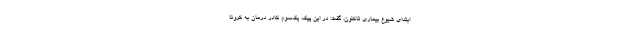
ابتدای شیوع بیماری تاکنون، گفت: در این پیک، یک‌سوم کادر درمان به کرونا